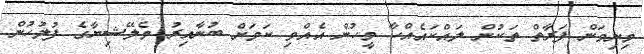
މިނިވަން ފަރާތް ތަކުން ލައްކައެއްހާ މީހުން އެއްވި ކަމަށް ބުނާއިރު މެލޭޝިޔާގެ ފުލުހުން